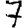
Digit: 7